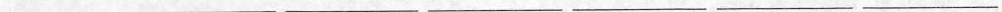
___ ___ ___ ___ ___ ___ ___